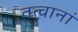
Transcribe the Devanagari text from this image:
तत्वानां